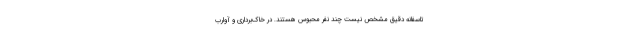
تاسفانه دقیق مشخص نیست چند نفر محبوس هستند. در خاک‌برداری و آوارب